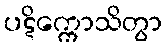
ပဋိက္ကောသိတွာ